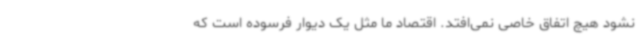
نشود هیچ اتفاق خاصی نمی‌افتد. اقتصاد ما مثل یک دیوار فرسوده‌ است که